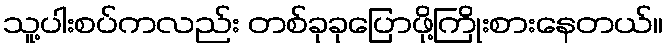
သူ့ပါးစပ်ကလည်း တစ်ခုခုပြောဖို့ကြိုးစားနေတယ်။